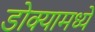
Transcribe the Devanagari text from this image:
डोक्यामध्ये